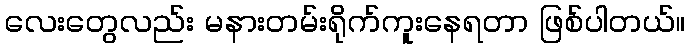
လေးတွေလည်း မနားတမ်းရိုက်ကူးနေရတာ ဖြစ်ပါတယ်။